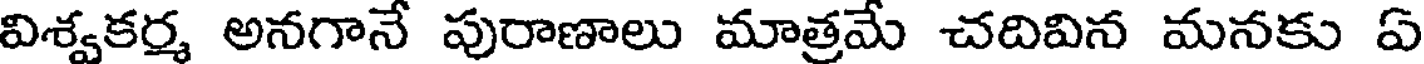
విశ్వకర్మ అనగానే పురాణాలు మాత్రమే చదివిన మనకు ఏ